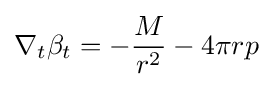
\nabla _{t}\beta _{t}=-{\frac {M}{r^{2}}}-4\pi rp